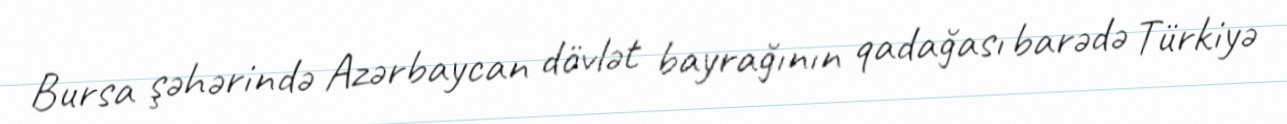
Bursa şəhərində Azərbaycan dövlət bayrağının qadağası barədə Türkiyə